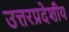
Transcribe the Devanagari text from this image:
उत्तरप्रदेशीय